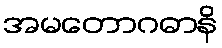
အမတောဂဓာနိ